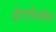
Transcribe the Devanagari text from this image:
इंटरनैजनेल